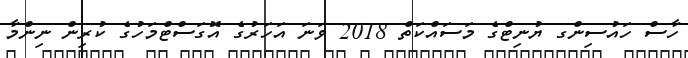
ހާސް ހައުސިންގ ޔުނިޓްގެ މަސައްކަތް 2018 ވަނަ އަހަރުގެ އޮގަސްޓްމަހުގެ ކުރިން ނިންމާ